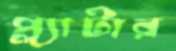
প্ল্যাটার